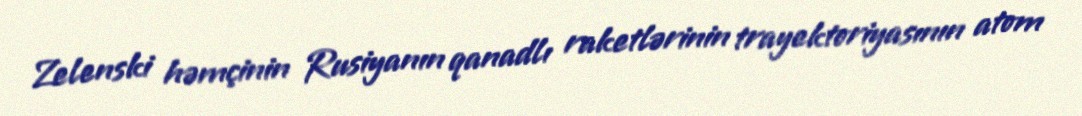
Zelenski həmçinin Rusiyanın qanadlı raketlərinin trayektoriyasının atom